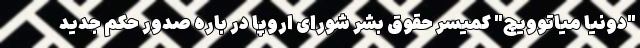
"دونیا میاتوویچ" کمیسر حقوق بشر شورای اروپا در باره صدور حکم جدید